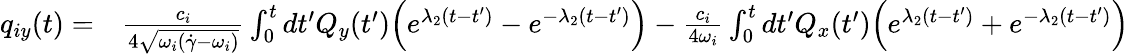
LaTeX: \begin{array}{rl}{q_{iy}(t)=}&{{}\frac{c_{i}}{4\sqrt{\omega_{i}(\dot{\gamma}-\omega_{i})}}\int_{0}^{t}dt^{\prime}Q_{y}(t^{\prime})\Bigl(e^{\lambda_{2}(t-t^{\prime})}-e^{-\lambda_{2}(t-t^{\prime})}\Bigr)-\frac{c_{i}}{4\omega_{i}}\int_{0}^{t}dt^{\prime}Q_{x}(t^{\prime})\Bigl(e^{\lambda_{2}(t-t^{\prime})}+e^{-\lambda_{2}(t-t^{\prime})}\Bigr)}\end{array}